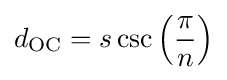
d_{\text{OC}}=s\csc \left({\frac {\pi }{n}}\right)